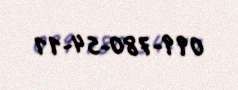
099-780-54-11